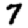
Digit: 7